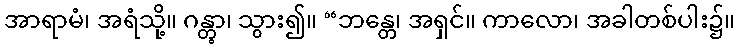
အာရာမံ၊ အရံသို့။ ဂန္တွာ၊ သွား၍။ “ဘန္တေ၊ အရှင်။ ကာလော၊ အခါတစ်ပါး၌။